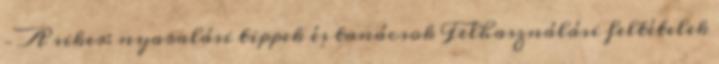
– A siker: nyaralási tippek és tanácsok Felhasználási feltételek